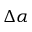
\Delta \alpha